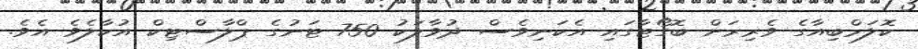
ކޮލަމްބިއާގެ ވެރިރަށް ބޮގޯޓާގައި އެކަނިވެސް ދުވާލަކު 750 ޓަނުގެ ޕްލާސްޓިކް އުކާލެވެ އެވެ.